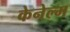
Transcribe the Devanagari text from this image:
केनेल्म